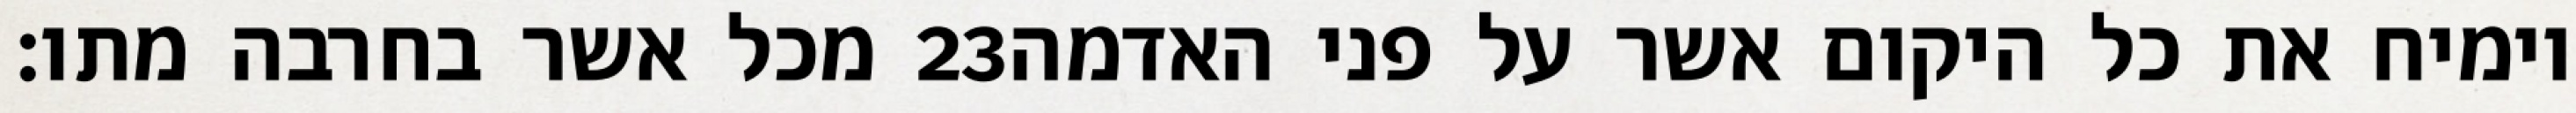
מכל אשר בחרבה מתו׃ ‎23‏ וימיח את כל היקום אשר על פני האדמה